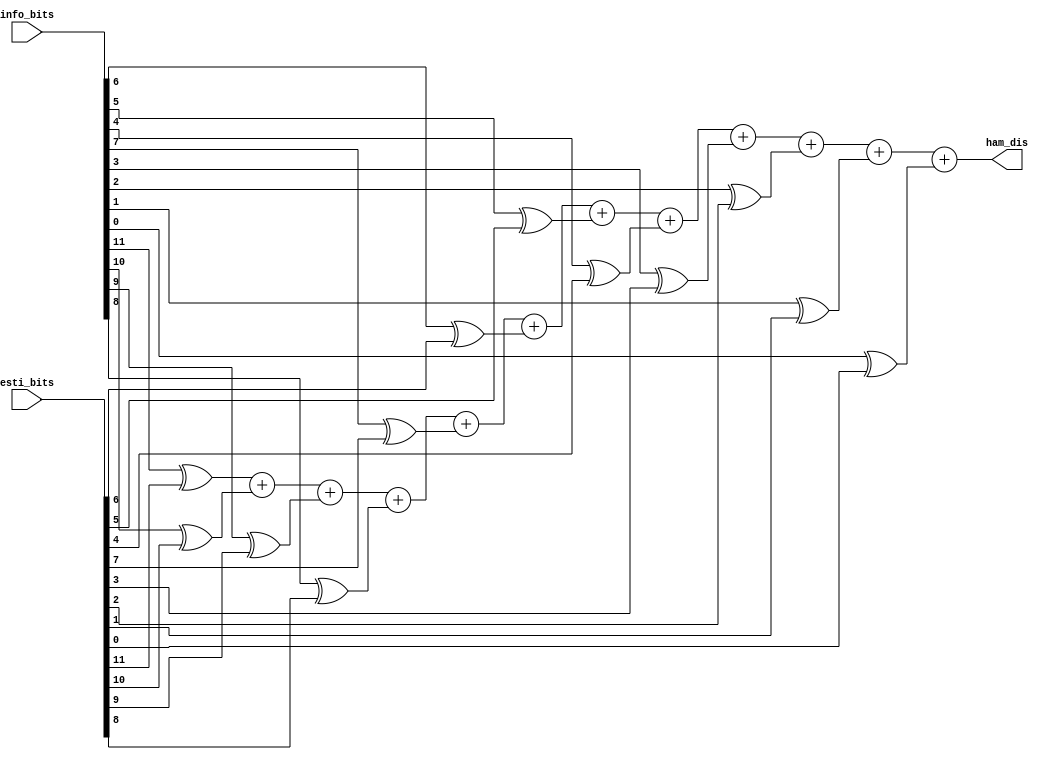
`timescale 1ns/100ps
module bit_com(info_bits, esti_bits, ham_dis);
input [11:0]info_bits, esti_bits;
output [3:0]ham_dis;
reg [3:0] ham_dis_1;

always @ (info_bits, esti_bits) begin
    ham_dis_1 = 0;
    ham_dis_1= (info_bits[11] ^ esti_bits[11]) + (info_bits[10] ^ esti_bits[10]) + (info_bits[9] ^ esti_bits[9]) + (info_bits[8] ^ esti_bits[8]) 
    + (info_bits[7] ^ esti_bits[7]) + (info_bits[6] ^ esti_bits[6]) + (info_bits[5] ^ esti_bits[5]) + (info_bits[4] ^ esti_bits[4]) 
    + (info_bits[3] ^ esti_bits[3]) + (info_bits[2] ^ esti_bits[2]) + (info_bits[1] ^ esti_bits[1]) + (info_bits[0] ^ esti_bits[0]);
end
assign ham_dis = ham_dis_1;
endmodule